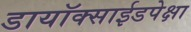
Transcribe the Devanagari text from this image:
डायॉक्साईडपेक्षा